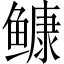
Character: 𩾌